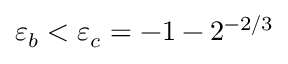
\varepsilon _ { b } < \varepsilon _ { c } = - 1 - 2 ^ { - 2 / 3 }